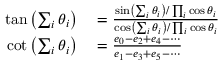
\begin{array} { r l } { \tan \left( \sum _ { i } \theta _ { i } \right) } & { { } = { \frac { \sin \left( \sum _ { i } \theta _ { i } \right) / \prod _ { i } \cos \theta _ { i } } { \cos \left( \sum _ { i } \theta _ { i } \right) / \prod _ { i } \cos \theta _ { i } } } } \\ { \cot \left( \sum _ { i } \theta _ { i } \right) } & { { } = { \frac { e _ { 0 } - e _ { 2 } + e _ { 4 } - \cdots } { e _ { 1 } - e _ { 3 } + e _ { 5 } - \cdots } } } \end{array}